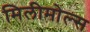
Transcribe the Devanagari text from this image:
मिलीमोल्स